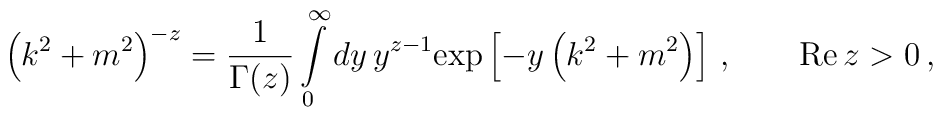
\left(k^2+m^2\right)^{-z}=\frac1{\Gamma(z)}  \int\limits_0^\infty  dy\,y^{z-1}\mathrm{exp}\left[-y\left(k^2+m^2\right)\right]\,,  \qquad \mathrm{Re}\,z >0\,,